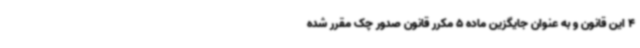
4 این قانون و به عنوان جایگزین ماده 5 مکرر قانون صدور چک مقرر شده